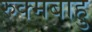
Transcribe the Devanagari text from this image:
रुक्मबाहु